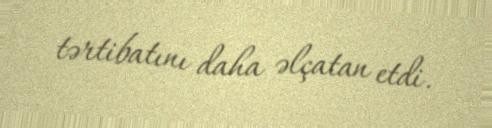
tərtibatını daha əlçatan etdi.